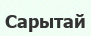
Сарытай